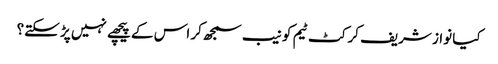
کیا نواز شریف کرکٹ ٹیم کو نیب سمجھ کر اس کے پیچھے نہیں پڑ سکتے؟